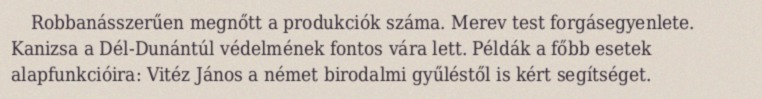
Robbanásszerűen megnőtt a produkciók száma. Merev test forgásegyenlete. Kanizsa a Dél-Dunántúl védelmének fontos vára lett. Példák a főbb esetek alapfunkcióira: Vitéz János a német birodalmi gyűléstől is kért segítséget.